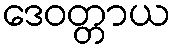
ဒေဝတ္တာယ